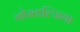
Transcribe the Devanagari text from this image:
नोस्ताल्जिया